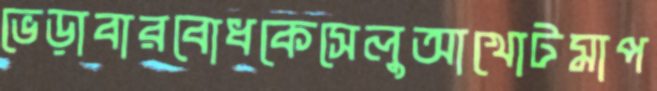
ভেড়াবারবোধকেসেলুআখোটমাপ